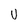
Character: U